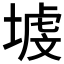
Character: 𱗡